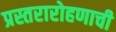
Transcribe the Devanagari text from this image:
प्रस्तरारोहणाची